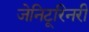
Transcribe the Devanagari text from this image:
जेनिटूरिनरी